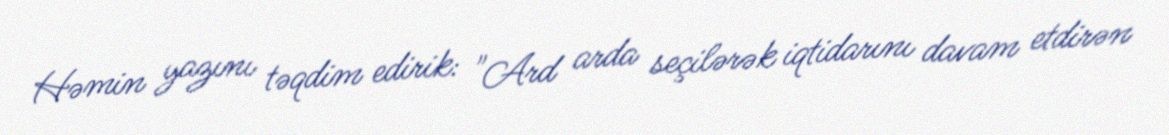
Həmin yazını təqdim edirik: "Ard arda seçilərək iqtidarını davam etdirən